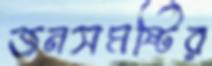
জনসমষ্টির